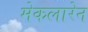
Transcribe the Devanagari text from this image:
मेकलारेन